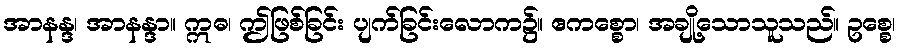
အာနန္ဒ၊ အာနန္ဒာ။ ဣဓ၊ ဤဖြစ်ခြင်း ပျက်ခြင်းလောက၌။ ဧကစ္စော၊ အချို့သောသူသည်။ ဥစ္စေ၊